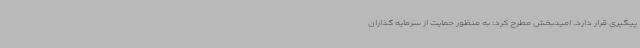
پیگیری قرار دارد. امیدبخش مطرح کرد: به منظور حمایت از سرمایه گذاران